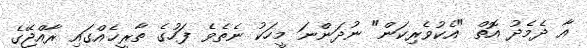
އާ ދެމެދު އޮތް "އެކުވެރިކަން" ނުދަންނަ މީހަކު ނެތެވެ ފަހުގެ ތާރީޚެއްގައި ރާއްޖޭގެ